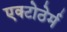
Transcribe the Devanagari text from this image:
एक्टोठेर्म